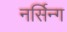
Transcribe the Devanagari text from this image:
नर्सिन्ग